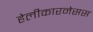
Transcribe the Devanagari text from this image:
हेलीकारनेसस